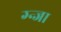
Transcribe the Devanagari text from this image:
ग्न्जा